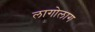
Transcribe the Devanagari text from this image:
लागोलाग